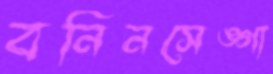
বনিনসেঙ্গা